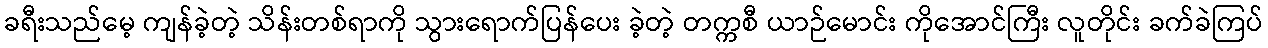
ခရီးသည်မေ့ ကျန်ခဲ့တဲ့ သိန်းတစ်ရာကို သွားရောက်ပြန်ပေး ခဲ့တဲ့ တက္ကစီ ယာဉ်မောင်း ကိုအောင်ကြီး လူတိုင်း ခက်ခဲကြပ်